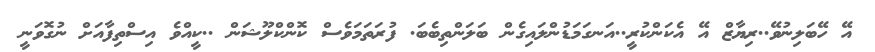
އޭ ހޭބަލިނުވޭ..ރިޔާޒް އޭ އެކަންކުރީ..އަނގަމަޑުންލައިގެން ބަލަންތިބެބަ. ފުރަތަމަވެސް ކޮންކްލޫޝަން ..ކީއްވެ އިސްތިފާއަށް ނުގޮވަނީ